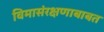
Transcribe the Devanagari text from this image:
विमासंरक्षणाबाबत